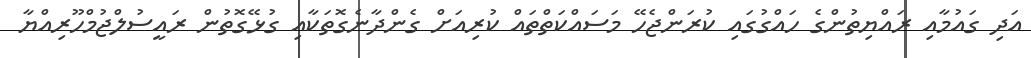
އަދި ގައުމާއި ރައްޔިތުންގެ ހައްގުގައި ކުރަންޖެހޭ މަސައްކަތްތައް ކުރިއަށް ގެންދާނެގޮތަކާއި ގުޅޭގޮތުން ރައީސުލްޖުމްހޫރިއްޔާ